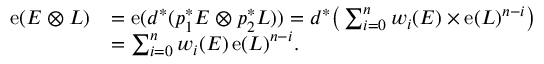
\begin{array} { r l } { \operatorname { e } ( E \otimes L ) } & { = \operatorname { e } ( d ^ { * } ( p _ { 1 } ^ { * } E \otimes p _ { 2 } ^ { * } L ) ) = d ^ { * } \big ( \sum _ { i = 0 } ^ { n } w _ { i } ( E ) \times \operatorname { e } ( L ) ^ { n - i } \big ) } \\ & { = \sum _ { i = 0 } ^ { n } w _ { i } ( E ) \operatorname { e } ( L ) ^ { n - i } . } \end{array}